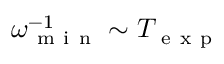
\omega _ { \mathrm { ~ m ~ i ~ n ~ } } ^ { - 1 } \sim T _ { \mathrm { ~ e ~ x ~ p ~ } }